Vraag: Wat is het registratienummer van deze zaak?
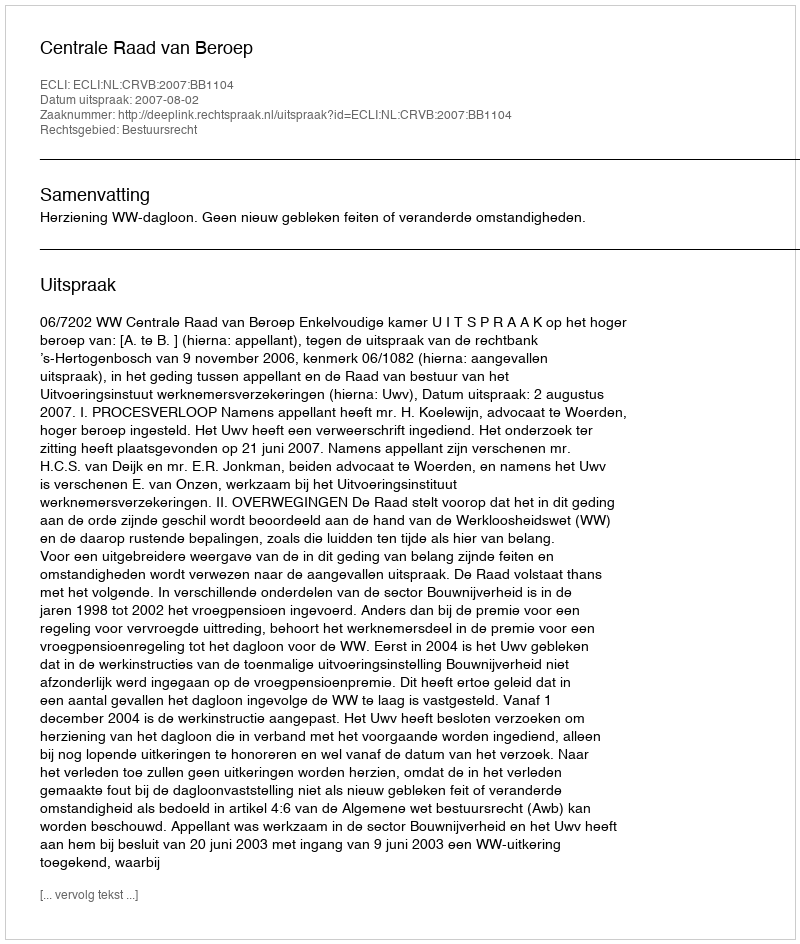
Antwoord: http://deeplink.rechtspraak.nl/uitspraak?id=ECLI:NL:CRVB:2007:BB1104